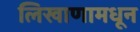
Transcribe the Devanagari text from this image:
लिखाणामधून